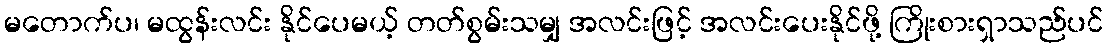
မတောက်ပ၊ မထွန်းလင်း နိုင်ပေမယ့် တတ်စွမ်းသမျှ အလင်းဖြင့် အလင်းပေးနိုင်ဖို့ ကြိုးစားရှာသည်ပင်